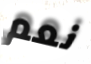
نعم